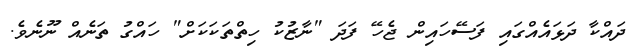
ދައްކާ ދަޅައެއްގައި ފަސޭހައިން ޖެހޭ ފަދަ "ނާޒުކު ހިތްތަކަކަށް" ހައްގު ތަނެއް ނޫނެވެ.